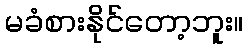
မခံစားနိုင်တော့ဘူး။